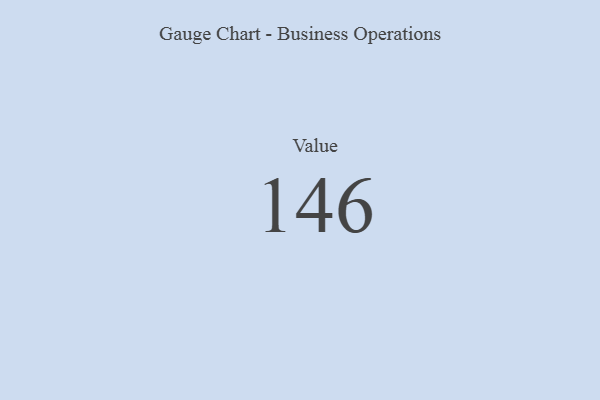
{"axis": {"x": "Metric", "y": "Value"}, "legend": [""], "data": [{"x": "Value", "y": 146, "type": ""}]}